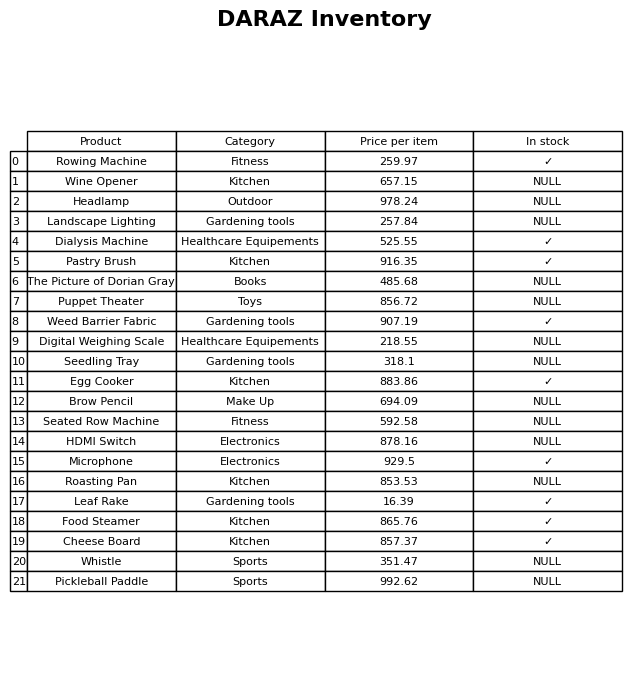
question: What is the price for The Picture of Dorian Gray?
answer: The price of The Picture of Dorian Gray is 485.68.